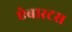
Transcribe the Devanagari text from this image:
ऐबारटस